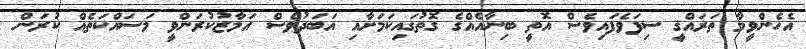
އެހެންވީމާ ތަރައްޤީ ސިފަވެފައިވެސް އޮތީ ބިނާއެއްގެ ގޮތުގައިކަމަށާއި އަބަދުވެސް އަމާޒުކުރަންވީ މަސައްކަތެއް ކުރަން